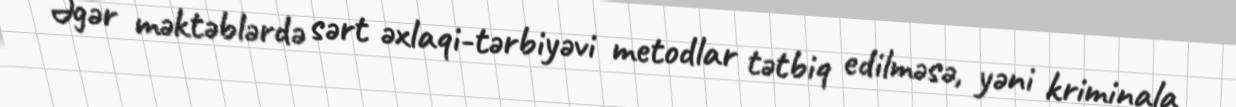
Əgər məktəblərdə sərt əxlaqi-tərbiyəvi metodlar tətbiq edilməsə, yəni kriminala